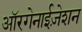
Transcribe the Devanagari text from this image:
ऑरगेनाईज़ेशन